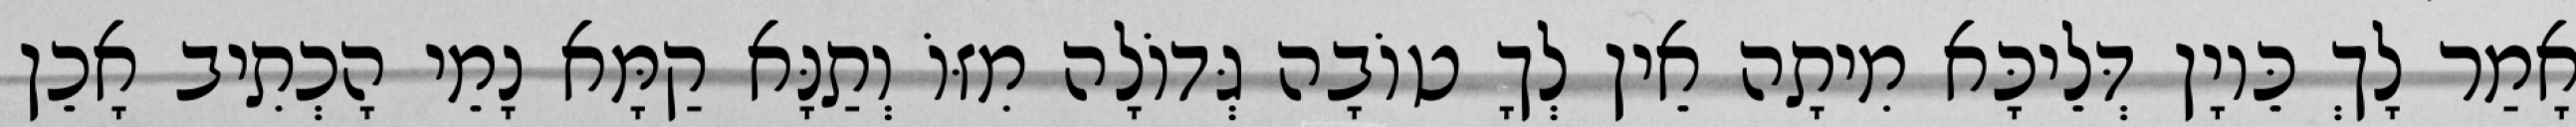
אָמַר לָךְ כֵּיוָן דְּלֵיכָּא מִיתָה אֵין לְךָ טוֹבָה גְּדוֹלָה מִזּוֹ וְתַנָּא קַמָּא נָמֵי הָכְתִיב אָכֵן